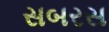
સબરસ